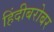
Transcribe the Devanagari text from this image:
हिंदीबरोबर